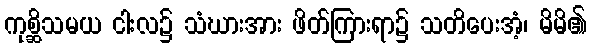
ကုစ္ဆိသမယ ငါးလ၌ သံဃားအား ဖိတ်ကြားရာ၌ သတိပေးအံ့၊ မိမိ၏